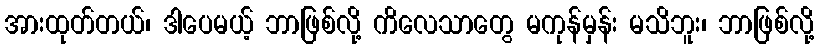
အားထုတ်တယ်၊ ဒါပေမယ့် ဘာဖြစ်လို့ ကိလေသာတွေ မကုန်မှန်း မသိဘူး၊ ဘာဖြစ်လို့